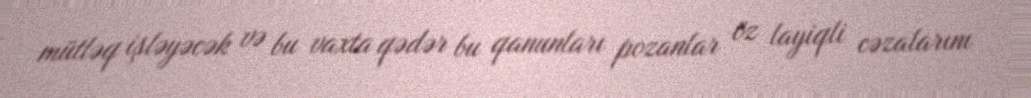
mütləq işləyəcək və bu vaxta qədər bu qanunları pozanlar öz layiqli cəzalarını